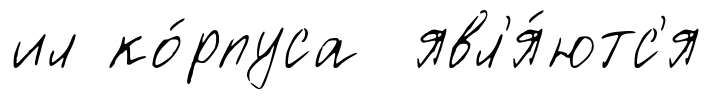
ил ко́рпуса явл'я́ютс'я